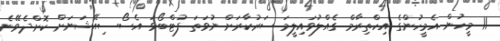
11 މީހުން އެމީހުންގެ އިހްތިރާމް ގެއްލުވައިލީމަ ސަރުކާރަށް ނުވަތަ ފުޓްބޯޅަ އެސޯސިއޭޝަނަށް ކޮށްދެވޭނެ